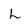
Character: L